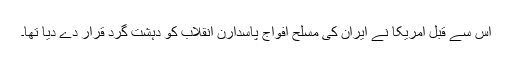
اس سے قبل امریکا نے ایران کی مسلح افواج پاسدارن انقلاب کو دہشت گرد قرار دے دیا تھا۔